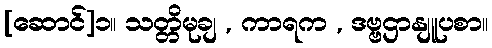
[ဆောင်]၁။ သတ္တိမုချ , ကာရက , ဒဗ္ဗဌာနျူပစာ။